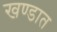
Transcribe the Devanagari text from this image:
खण्डात